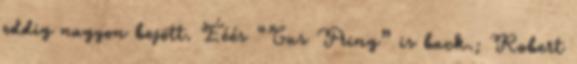
eddig nagyon bejött. Ééés “Gus Fring” is back.; Robert